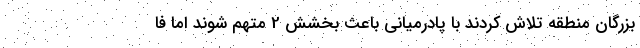
بزرگان منطقه تلاش کردند با پادرمیانی باعث بخشش 2 متهم شوند اما فا